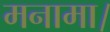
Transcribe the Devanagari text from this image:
मनामा।